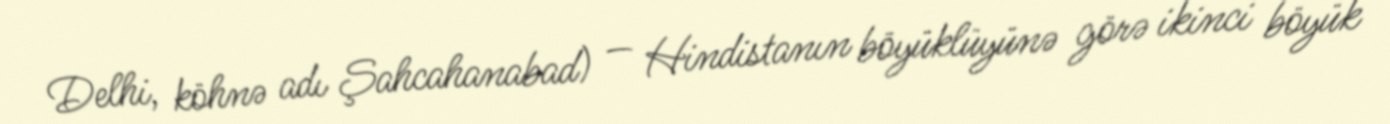
Delhi, köhnə adı Şahcahanabad) — Hindistanın böyüklüyünə görə ikinci böyük